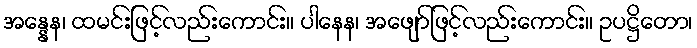
အန္နေန၊ ထမင်းဖြင့်လည်းကောင်း။ ပါနေန၊ အဖျော်ဖြင့်လည်းကောင်း။ ဥပဋ္ဌိတော၊